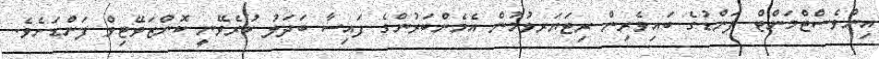
އިންވެސްޓްމަންޓް ފަންޑުގެ ބައިވެރިން ރިޓަޔަރވުމުން އެމެންބަރުންގެ ފައިސާ ބަދަލު ކުރެވޭނީ ކޮންޒަވޭޓިވް ފަންޑަށެވެ.